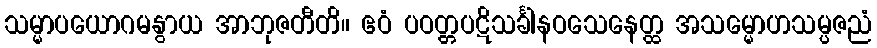
သမ္မာပယောဂမနွာယ အာဘုဇတီတိ။ ဧဝံ ပဝတ္တပဋိသင်္ခါနဝသေနေတ္ထ အသမ္မောဟသမ္ပဇညံ